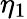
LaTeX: \eta_{1}